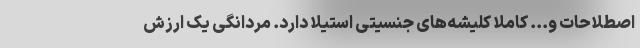
اصطلاحات و... کاملا کلیشه‌های جنسیتی استیلا دارد. مردانگی یک ارزش